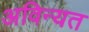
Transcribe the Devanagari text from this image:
अविन्यत